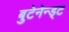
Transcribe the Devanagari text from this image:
बुटेनेन्ड्ट